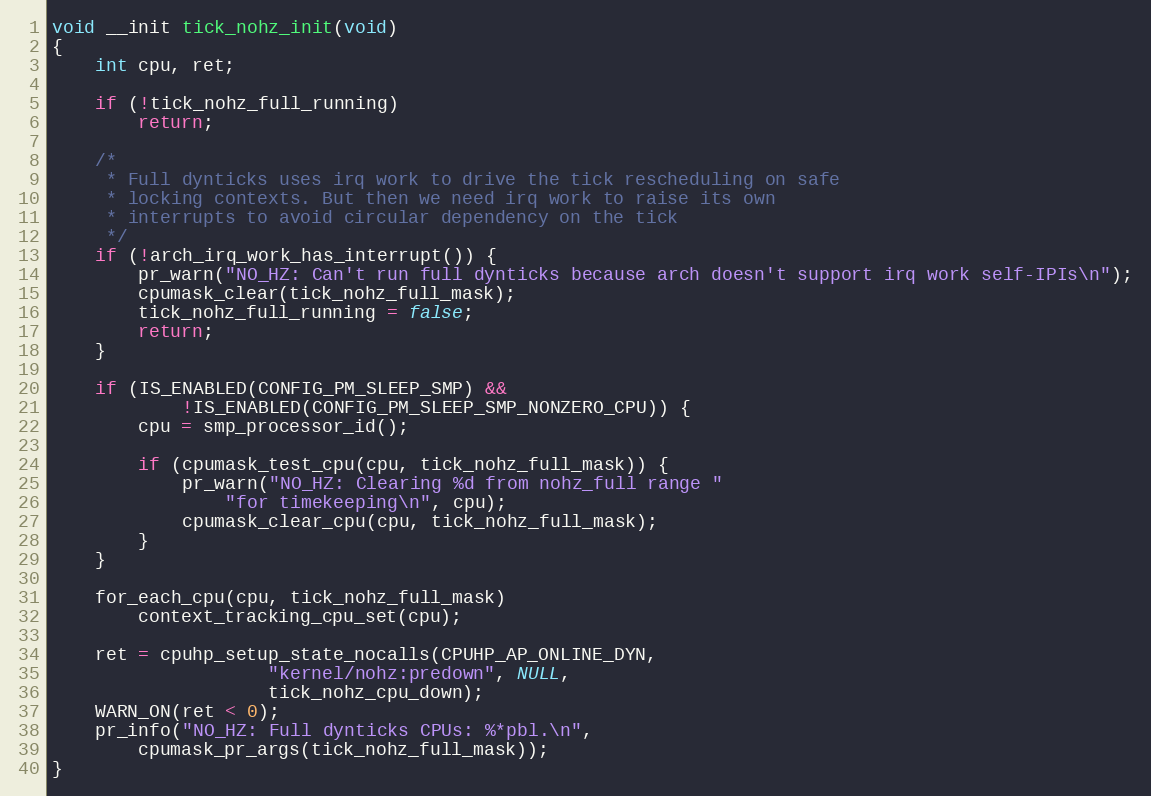
Language: C
void __init tick_nohz_init(void)
{
	int cpu, ret;

	if (!tick_nohz_full_running)
		return;

	/*
	 * Full dynticks uses irq work to drive the tick rescheduling on safe
	 * locking contexts. But then we need irq work to raise its own
	 * interrupts to avoid circular dependency on the tick
	 */
	if (!arch_irq_work_has_interrupt()) {
		pr_warn("NO_HZ: Can't run full dynticks because arch doesn't support irq work self-IPIs\n");
		cpumask_clear(tick_nohz_full_mask);
		tick_nohz_full_running = false;
		return;
	}

	if (IS_ENABLED(CONFIG_PM_SLEEP_SMP) &&
			!IS_ENABLED(CONFIG_PM_SLEEP_SMP_NONZERO_CPU)) {
		cpu = smp_processor_id();

		if (cpumask_test_cpu(cpu, tick_nohz_full_mask)) {
			pr_warn("NO_HZ: Clearing %d from nohz_full range "
				"for timekeeping\n", cpu);
			cpumask_clear_cpu(cpu, tick_nohz_full_mask);
		}
	}

	for_each_cpu(cpu, tick_nohz_full_mask)
		context_tracking_cpu_set(cpu);

	ret = cpuhp_setup_state_nocalls(CPUHP_AP_ONLINE_DYN,
					"kernel/nohz:predown", NULL,
					tick_nohz_cpu_down);
	WARN_ON(ret < 0);
	pr_info("NO_HZ: Full dynticks CPUs: %*pbl.\n",
		cpumask_pr_args(tick_nohz_full_mask));
}